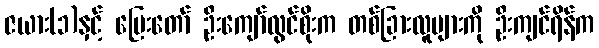
ဇယား(၁)နှင့် မြေးတော် ဦးကျော်လွင်စိုးက တစ်ခြားလူများကို ဦးကျင်ရိန်က